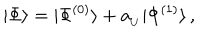
LaTeX: | \Phi \rangle = | \Phi ^ { ( 0 ) } \rangle + a _ { _ U } | \Phi ^ { ( 1 ) } \rangle \, ,